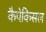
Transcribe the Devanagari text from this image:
कैपेकिसल